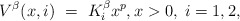
\begin{align*}V^\beta(x,i) \ = \ K_i^\beta x^p, x>0,\;i=1,2,\end{align*}